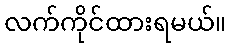
လက်ကိုင်ထားရမယ်။